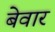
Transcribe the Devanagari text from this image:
बेवार